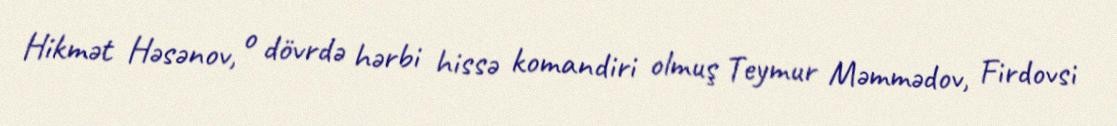
Hikmət Həsənov, o dövrdə hərbi hissə komandiri olmuş Teymur Məmmədov, Firdovsi